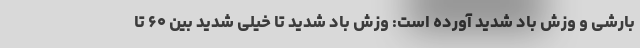
بارشی و وزش باد شدید آورده است: وزش باد شدید تا خیلی شدید بین ۶۰ تا